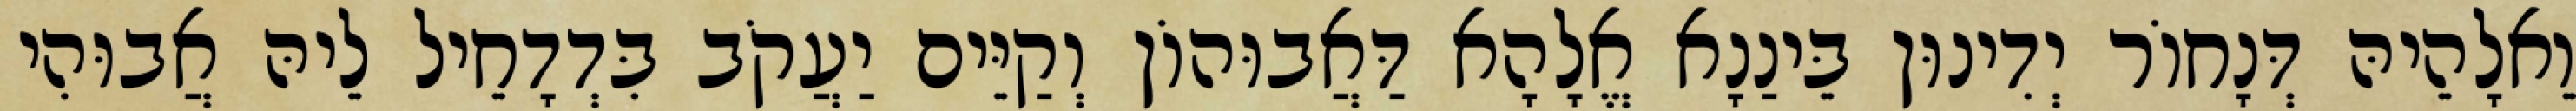
וֵאלָהֵיהּ דְּנָחוֹר יְדִינוּן בֵּינַנָא אֱלָהָא דַּאֲבוּהוֹן וְקַיֵּים יַעֲקֹב בִּדְדָחֵיל לֵיהּ אֲבוּהִי